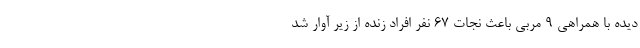
دیده با همراهی 9 مربی باعث نجات 67 نفر افراد زنده از زیر آوار شد